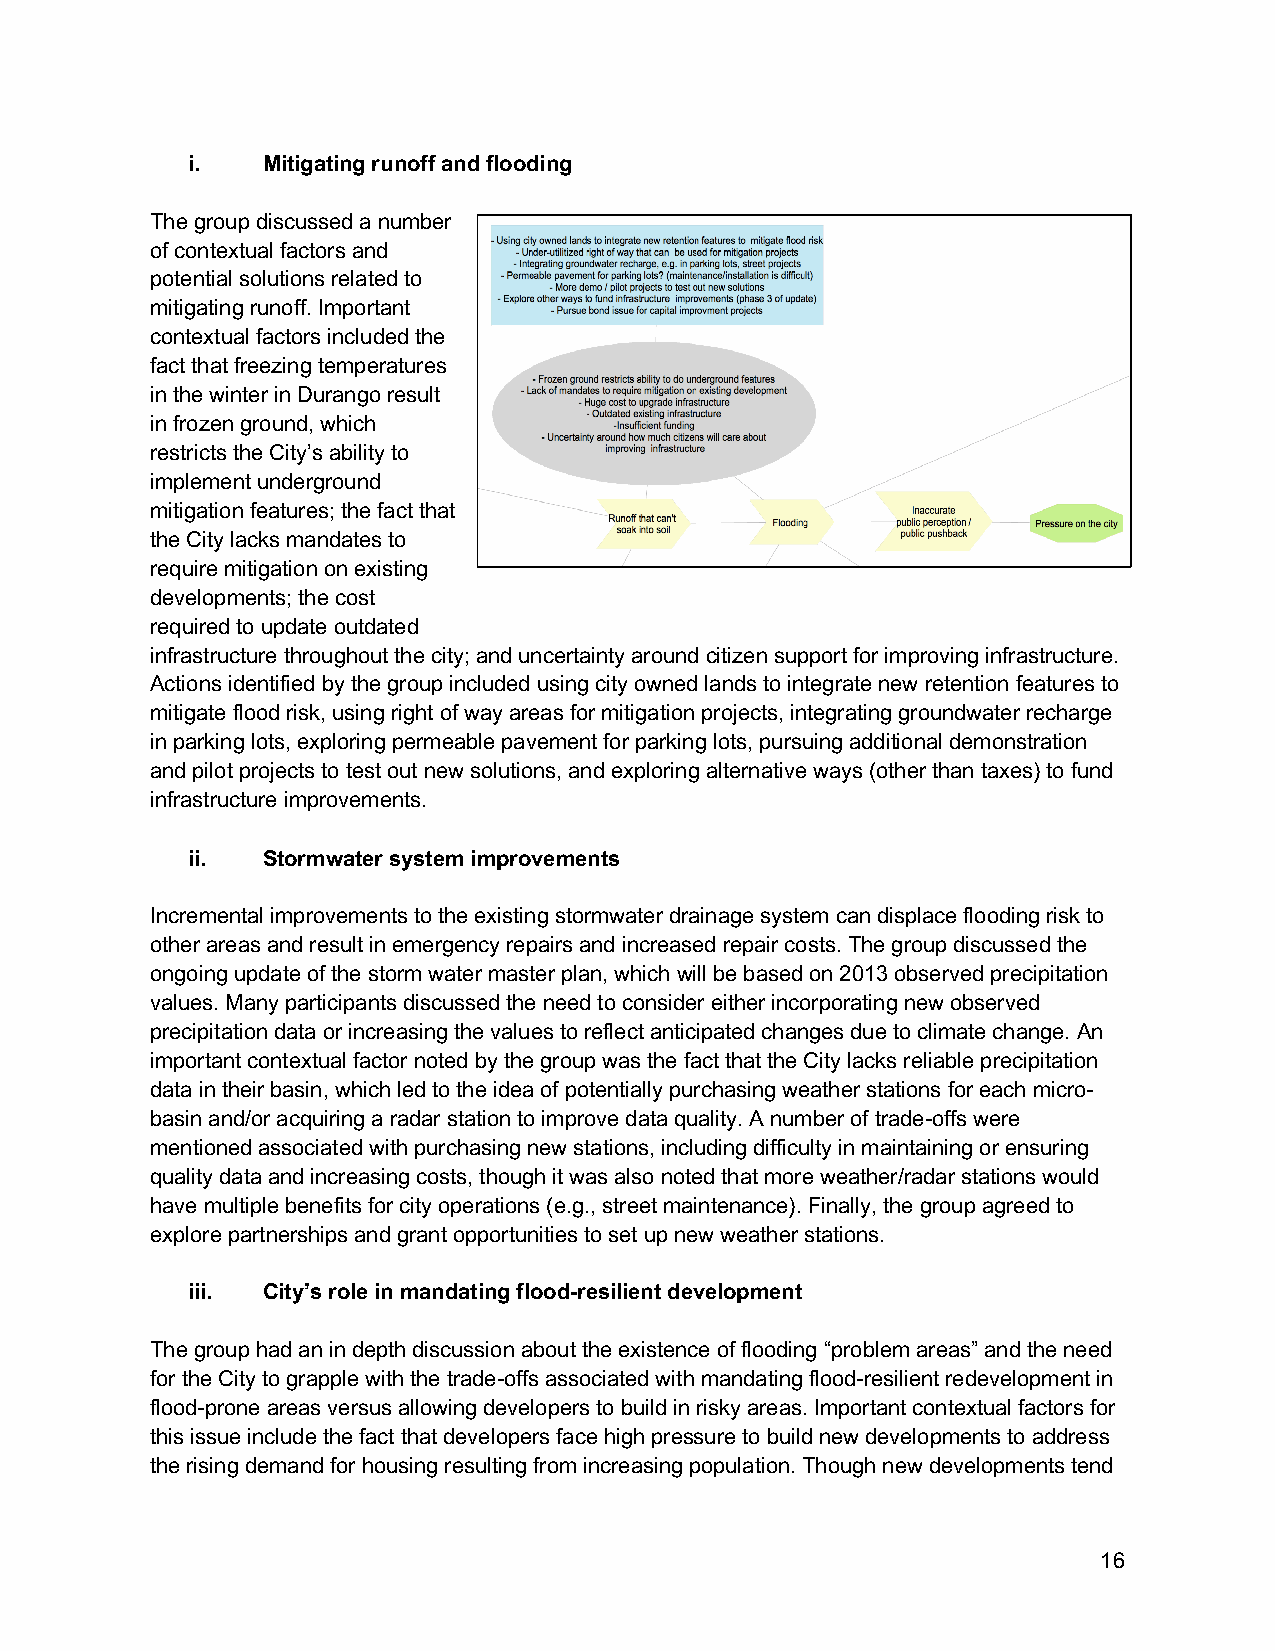
i.   Mitigating runoff and flooding
 The group discussed a number
 of contextual factors and
 potential solutions related to
 mitigating runoff. Important
 contextual factors included the
 fact that freezing temperatures
 in the winter in Durango result
 in frozen ground, which
 restricts the City’s ability to
 implement underground
 mitigation features; the fact that
 the City lacks mandates to
 require mitigation on existing
 developments; the cost
 required to update outdated
 infrastructure throughout the city; and uncertainty around citizen support for improving infrastructure.
 Actions identified by the group included using city owned lands to integrate new retention features to
 mitigate flood risk, using right of way areas for mitigation projects, integrating groundwater recharge
 in parking lots, exploring permeable pavement for parking lots, pursuing additional demonstration
 and pilot projects to test out new solutions, and exploring alternative ways (other than taxes) to fund
 infrastructure improvements.
 ii.  Stormwater system improvements
 Incremental improvements to the existing stormwater drainage system can displace flooding risk to
 other areas and result in emergency repairs and increased repair costs. The group discussed the
 ongoing update of the storm water master plan, which will be based on 2013 observed precipitation
 values. Many participants discussed the need to consider either incorporating new observed
 precipitation data or increasing the values to reflect anticipated changes due to climate change. An
 important contextual factor noted by the group was the fact that the City lacks reliable precipitation
 data in their basin, which led to the idea of potentially purchasing weather stations for each micro-
 basin and/or acquiring a radar station to improve data quality. A number of trade-offs were
 mentioned associated with purchasing new stations, including difficulty in maintaining or ensuring
 quality data and increasing costs, though it was also noted that more weather/radar stations would
 have multiple benefits for city operations (e.g., street maintenance). Finally, the group agreed to
 explore partnerships and grant opportunities to set up new weather stations.
 iii. City’s role in mandating flood-resilient development
 The group had an in depth discussion about the existence of flooding “problem areas” and the need
 for the City to grapple with the trade-offs associated with mandating flood-resilient redevelopment in
 flood-prone areas versus allowing developers to build in risky areas. Important contextual factors for
 this issue include the fact that developers face high pressure to build new developments to address
 the rising demand for housing resulting from increasing population. Though new developments tend
 16